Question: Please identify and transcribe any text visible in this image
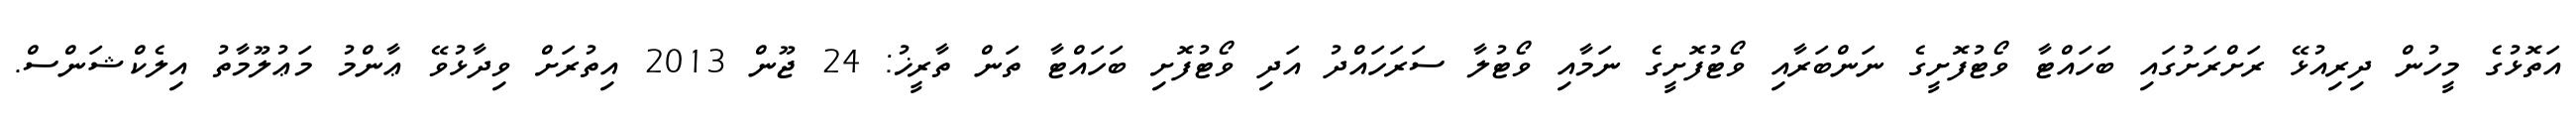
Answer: އަތޮޅުގެ މީހުން ދިރިއުޅޭ ރަށްރަށުގައި ބަހައްޓާ ވޯޓުފޮށީގެ ނަންބަރާއި ވޯޓުފޮށީގެ ނަމާއި ވޯޓުލާ ސަރަހައްދު އަދި ވޯޓުފޮށި ބަހައްޓާ ތަން ތާރީޚު: 24 ޖޫން 2013 އިތުރަށް ވިދާޅުވޭ ޢާންމު މަޢުލޫމާތު އިލެކްޝަންސް.